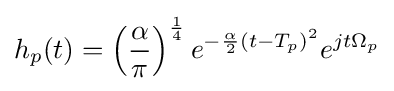
h_{p}(t)=\left({\frac {\alpha }{\pi }}\right)^{\frac {1}{4}}e^{-{\frac {\alpha }{2}}(t-T_{p})^{2}}e^{jt\Omega _{p}}